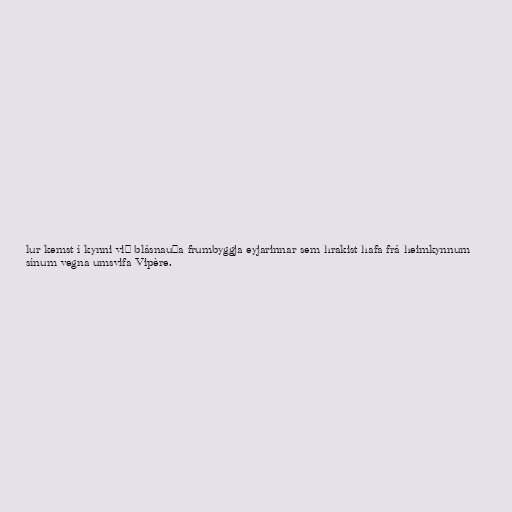
lur kemst í kynni við blásnauða frumbyggja eyjarinnar sem hrakist hafa frá heimkynnum
sínum vegna umsvifa Vipère.